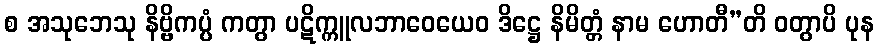
စ အသုဘေသု နိဗ္ဗိကပ္ပံ ကတွာ ပဋိက္ကူလဘာဝေယေဝ ဒိဋ္ဌေ နိမိတ္တံ နာမ ဟောတီ”တိ ဝတွာပိ ပုန